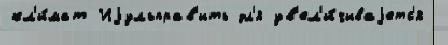
кл'и́мат Иjульправ'ить дл'я ув'ел'и́чиваjетс'я